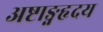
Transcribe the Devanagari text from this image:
अष्टाङ्गहृदय